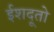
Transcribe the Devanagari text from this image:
ईशदूतो